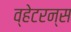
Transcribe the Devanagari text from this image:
व्हेटरन्स